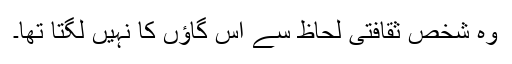
وہ شخص ثقافتی لحاظ سے اس گاؤں کا نہیں لگتا تھا۔